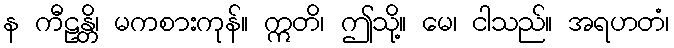
န ကီဠန္တိ၊ မကစားကုန်။ ဣတိ၊ ဤသို့။ မေ၊ ငါသည်။ အရဟတံ၊